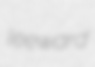
leeward